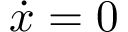
{ \dot { x } } = 0